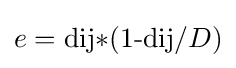
e=\operatorname {dij} \!*(\operatorname {1-dij/} \!D)